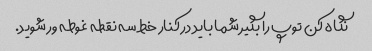
نگاه کن توپ را بگیر شما باید در کنار خط سه نقطه غوطه ور شوید.